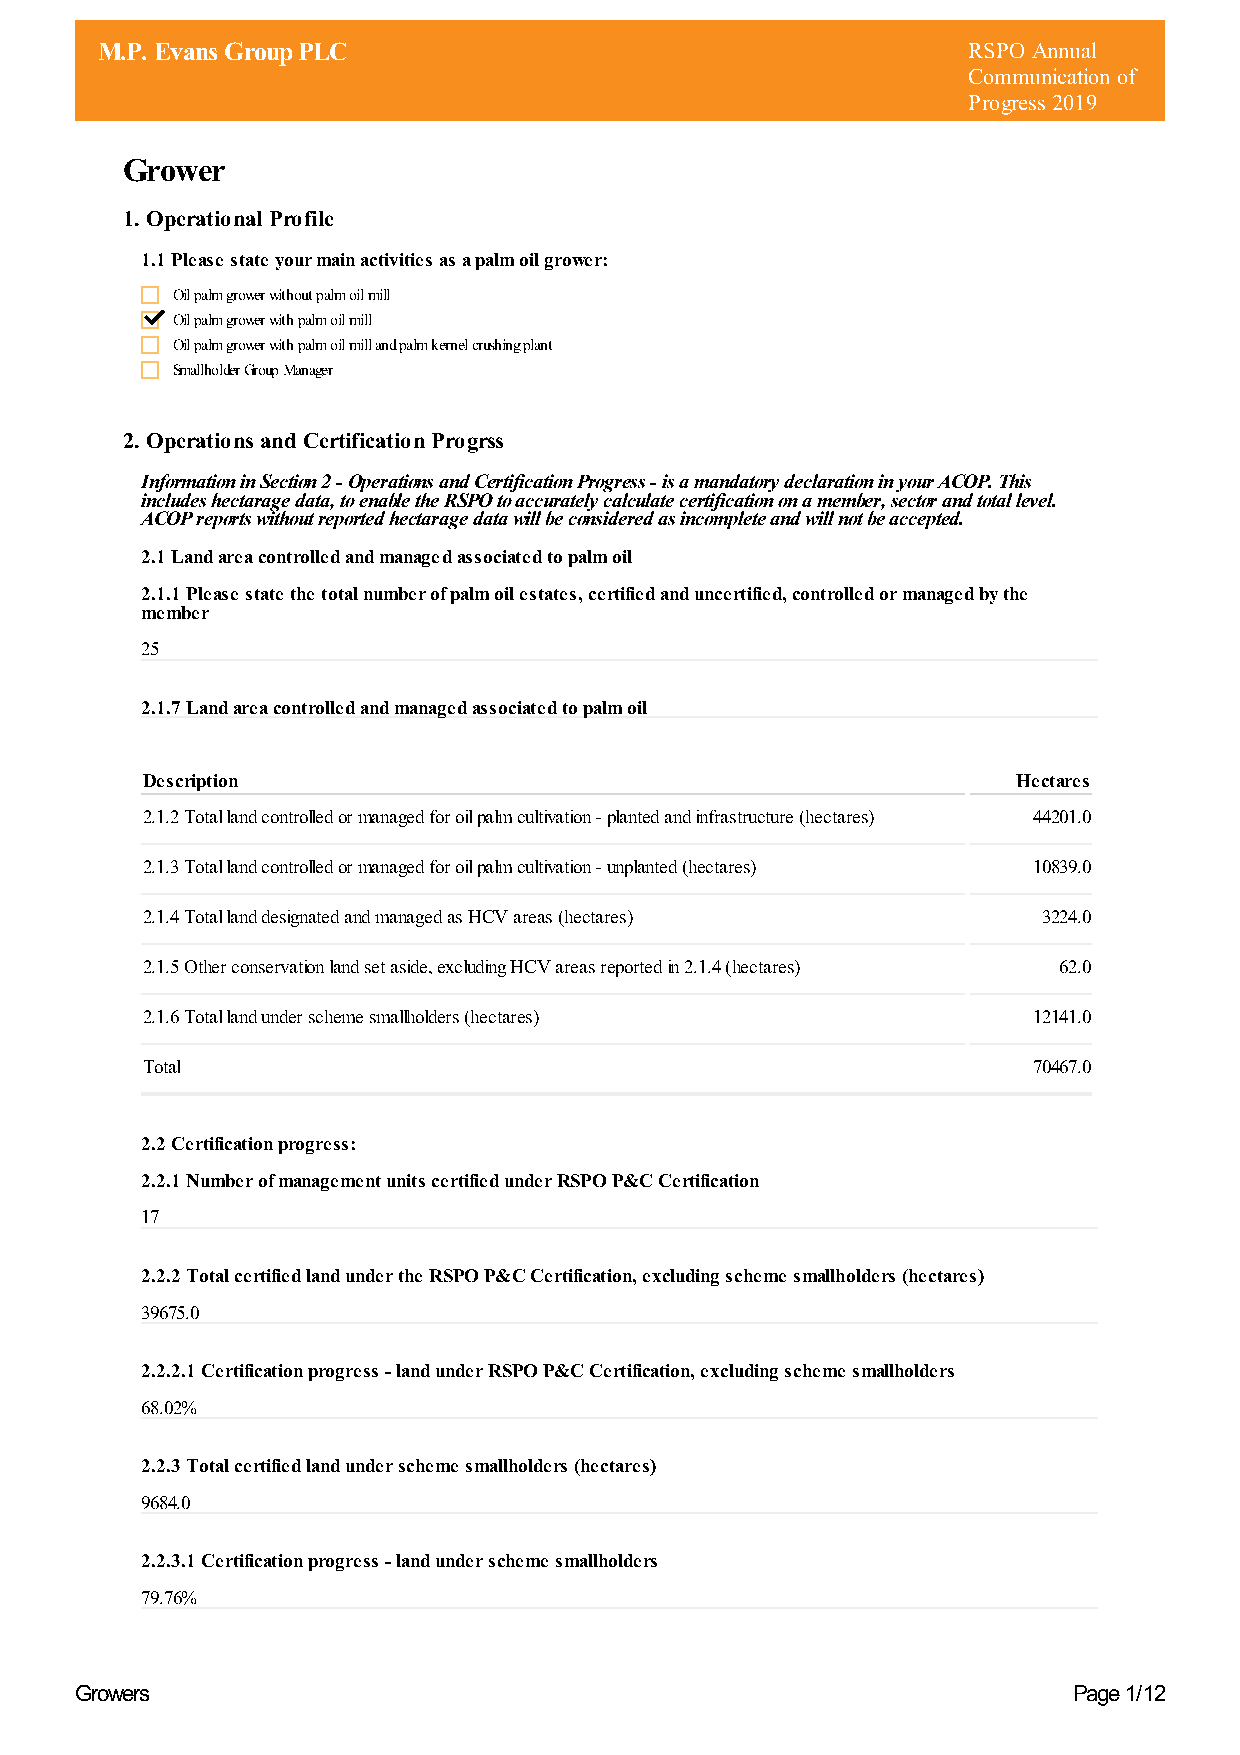
M.P. Evans Group PLC                                      RSPO Annual
 Communication of
 Progress 2019
 Grower
 1. Operational Profile
 1.1 Please state your main activities as a palm oil grower:
 Oil palm grower without palm oil mill
 Oil palm grower with palm oil mill
 Oil palm grower with palm oil mill and palm kernel crushing plant
 Smallholder Group Manager
 2. Operations and Certification Progrss
 Information in Section 2 - Operations and Certification Progress - is a mandatory declaration in your ACOP. This
 includes hectarage data, to enable the RSPO to accurately calculate certification on a member, sector and total level.
 ACOP reports without reported hectarage data will be considered as incomplete and will not be accepted.
 2.1 Land area controlled and managed associated to palm oil
 2.1.1 Please state the total number of palm oil estates, certified and uncertified, controlled or managed by the
 member
 25
 2.1.7 Land area controlled and managed associated to palm oil
 Description                                               Hectares
 2.1.2 Total land controlled or managed for oil palm cultivation - planted and infrastructure (hectares) 44201.0
 2.1.3 Total land controlled or managed for oil palm cultivation - unplanted (hectares) 10839.0
 2.1.4 Total land designated and managed as HCV areas (hectares) 3224.0
 2.1.5 Other conservation land set aside, excluding HCV areas reported in 2.1.4 (hectares) 62.0
 2.1.6 Total land under scheme smallholders (hectares)      12141.0
 Total                                                      70467.0
 2.2 Certification progress:
 2.2.1 Number of management units certified under RSPO P&C Certification
 17
 2.2.2 Total certified land under the RSPO P&C Certification, excluding scheme smallholders (hectares)
 39675.0
 2.2.2.1 Certification progress - land under RSPO P&C Certification, excluding scheme smallholders
 68.02%
 2.2.3 Total certified land under scheme smallholders (hectares)
 9684.0
 2.2.3.1 Certification progress - land under scheme smallholders
 79.76%
 Growers                                                           Page 1/12